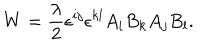
LaTeX: W = \frac { \lambda } { 2 } \epsilon ^ { i j } \epsilon ^ { k l } A _ { i } B _ { k } A _ { j } B _ { l } .